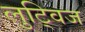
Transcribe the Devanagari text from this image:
लुट्विज